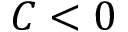
C < 0